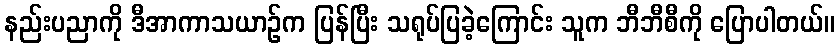
နည်းပညာကို ဒီအာကာသယာဉ်က ပြန်ပြီး သရုပ်ပြခဲ့ကြောင်း သူက ဘီဘီစီကို ပြောပါတယ်။